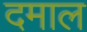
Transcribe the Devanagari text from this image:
दमाल